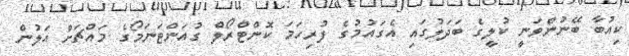
ކިއުބާ ބޭނުންވަނީ ކުލީގެ ބަދަލުގައި އެގައުމުގެ ފުރިހަމަ ކޮންޓްރޯލް ގުއަންޓަނަމޯގެ މައްޗަށް އަލުން